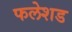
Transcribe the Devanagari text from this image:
फलेशड